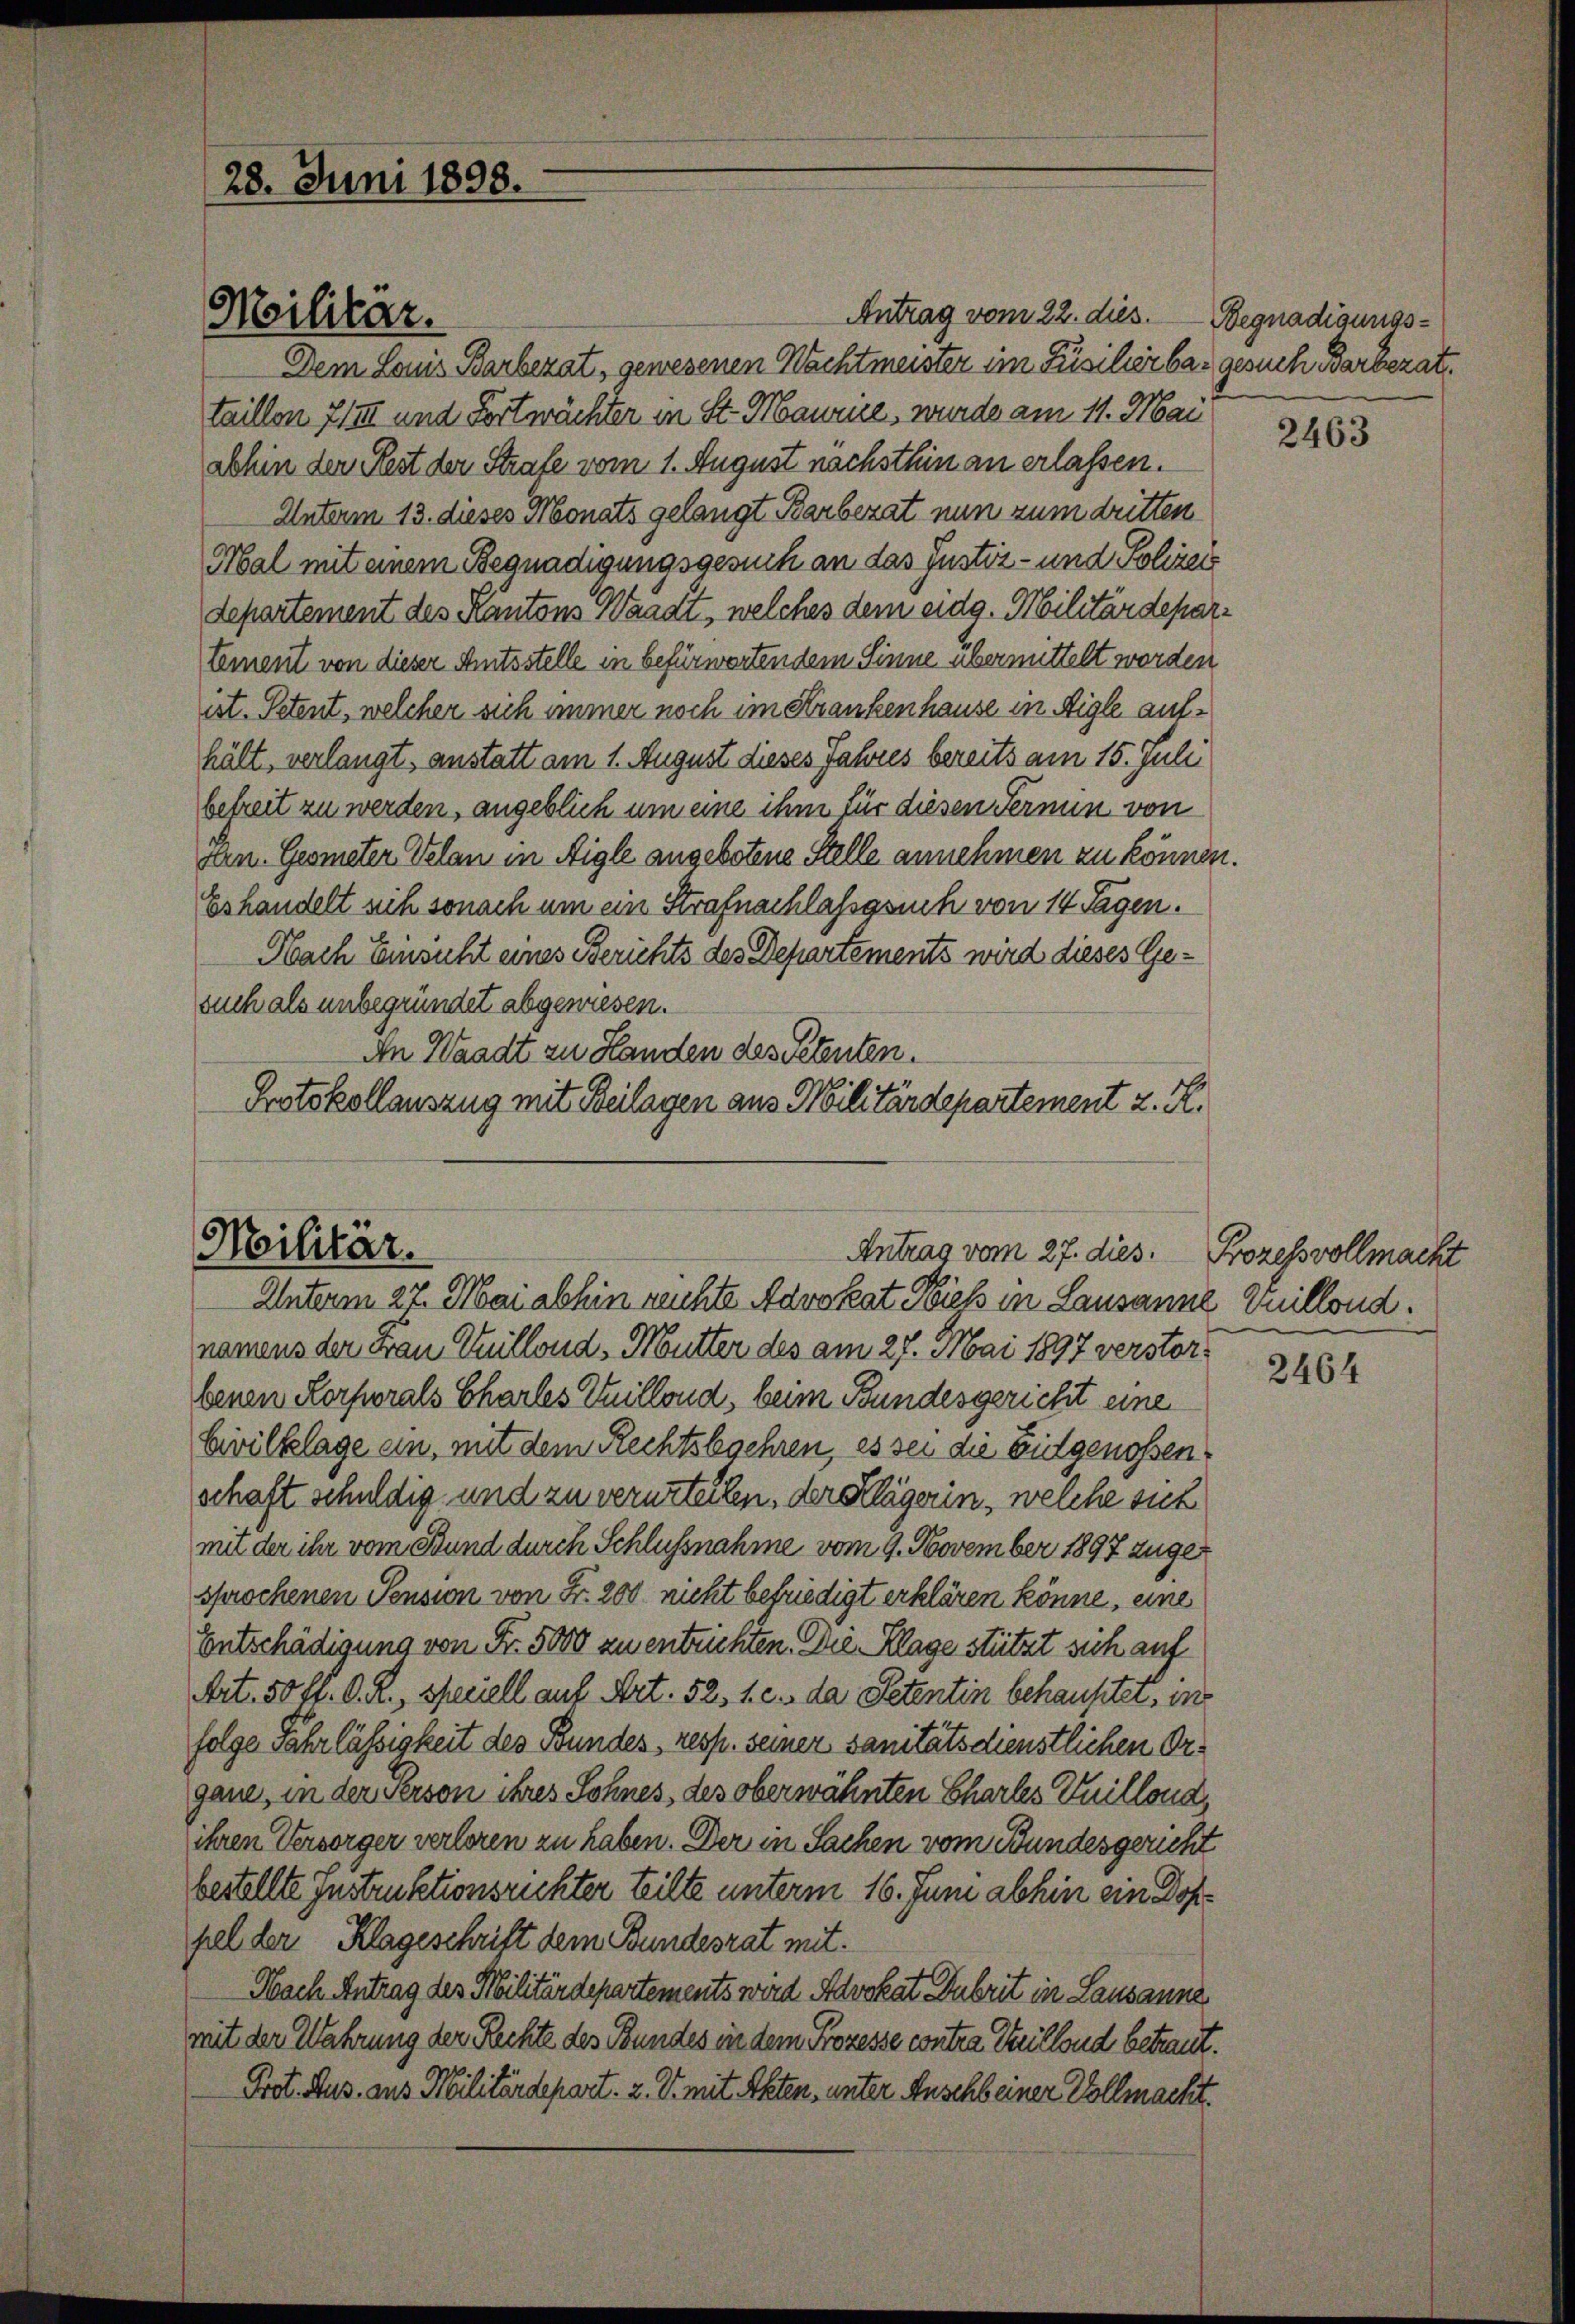
28. Juni 1898.

Antrag vom 22. dies. Begnadigungs¬
Dem Louis Barberat, gewesenen Nachtmeister im Füsilierbar gesuch Barberat
taillon 7/III und Fortwächter in St. Maure, wurde am 11. Mai
Sohin der Rest der Strafe vom 1. August nachsthin an erlassen.
Unterm 13. dieses Monats gelangt Barberat nun zum dritten
Mal mit einem Begnadigungsgesuch an das Justiz- und Polizei
departement des Kantons Waadt, welches dem eidg. Militärdepartement von dieser Amtsstelle in befürwortendem Sinne übermittelt worden
ist. Petent, welcher sich immer noch im Krankenhause in Aigle aufhält, verlangt, anstatt am 1. August dieses Jahres bereits am 15. Juli
befreit zu werden, angeblich um eine ihm für diesen Termin von
fen. Geometer Volan in Aigle angebotene Stelle annehmen zu können.
Eshandelt sich sonach um ein Strafnachlassgsuch von 14 Tagen.
Nach Einsicht eines Berichts des Departements wird dieses Gesuch als unbegründet abgewiesen.
An Waadt zu Handen des Petenten.
Protokollauszug mit Beilagen aus Militärdepartement z. K.

Militar.

Militär.
Antrag vom 27. dies.

Unterm 27. Mai abhin reichte Advokat Niess in Lausanne Vuillond.
namens der Frau Tillond, Mutter des am 27. Mai 1897 verstorbenen Korporals Chartes Zillond, beim Bundesgericht eine
Civilklage ein, mit dem Rechtsbegehren, es sei die Eidgenossen
schaft schuldig und zu verurteilen, der Klägerin, welche sich
mit der ihr vom Stund durch Schlussnahme vom 9. November 1897 zugesprochenen Pension von Fr. 200 nicht befriedigt erklären könne, eine
Entschädigung von Fr. 5000 zu entrichten. Die Klage stützt sich auf
Art. 50 fl. C. R., speciell auf Art. 52. 1. c. da Petentin behauptet, in
folge Jahr lässigkeit des Bundes, resp. seiner sanitätsdienstlichen Organe, in der Person ihres Sohnes, des oberwähnten Chartes Guillond,
ihren Versorger verloren zu haben. Der in Sachen vom Bundesgericht
bestellte Instruktionsrichter teilte unterm 16. Juni abhin ein Doppel der Klageschrift dem Bundesrat mit
Nach Antrag des Militärdepartements wird Advokat Dubrit in Lausanne
mit der Wahrung der Rechte des Bundes in dem Prozesse contra Heillond betraut.
Prot. Aus aus Militärdepart. 2. V. mit Akten, unter Anschbeiner Vollmacht.

2463

Prozessvollmacht

2464